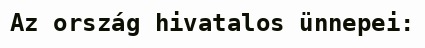
Az ország hivatalos ünnepei: